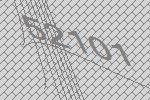
52101